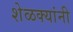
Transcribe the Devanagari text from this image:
शेळक्यांनी